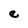
Character: e